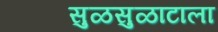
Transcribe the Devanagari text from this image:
सुळसुळाटाला